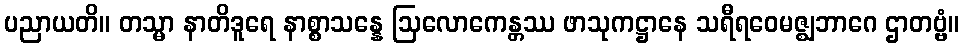
ပညာယတိ။ တသ္မာ နာတိဒူရေ နာစ္စာသန္နေ ဩလောကေန္တဿ ဖာသုကဋ္ဌာနေ သရီရဝေမဇ္ဈဘာဂေ ဌာတဗ္ဗံ။